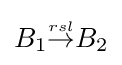
{\textstyle B_{1}{\stackrel {\scriptscriptstyle rsl}{\rightarrow }}B_{2}}